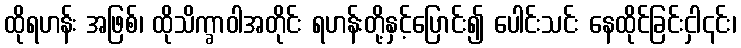
ထိုရဟန်း အဖြစ်၊ ထိုသိက္ခာဝါအတိုင်း ရဟန်းတို့နှင့်ပြောင်း၍ ပေါင်းသင်း နေထိုင်ခြင်းငှါ၎င်း၊